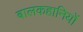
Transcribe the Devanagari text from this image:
बालकहानियों